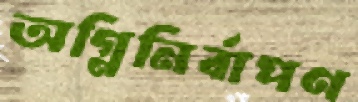
অগ্নিনির্বাপণ